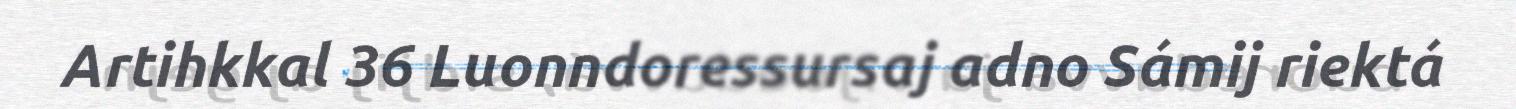
Artihkkal 36 Luonndoressursaj adno Sámij riektá